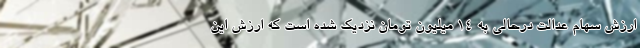
ارزش سهام عدالت درحالی به ۱۴ میلیون تومان نزدیک شده است که ارزش این